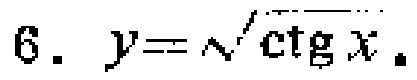
$6.\ y = \sqrt{\text{ctg }x}.$